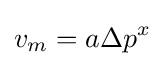
v_{m}=a\Delta p^{x}